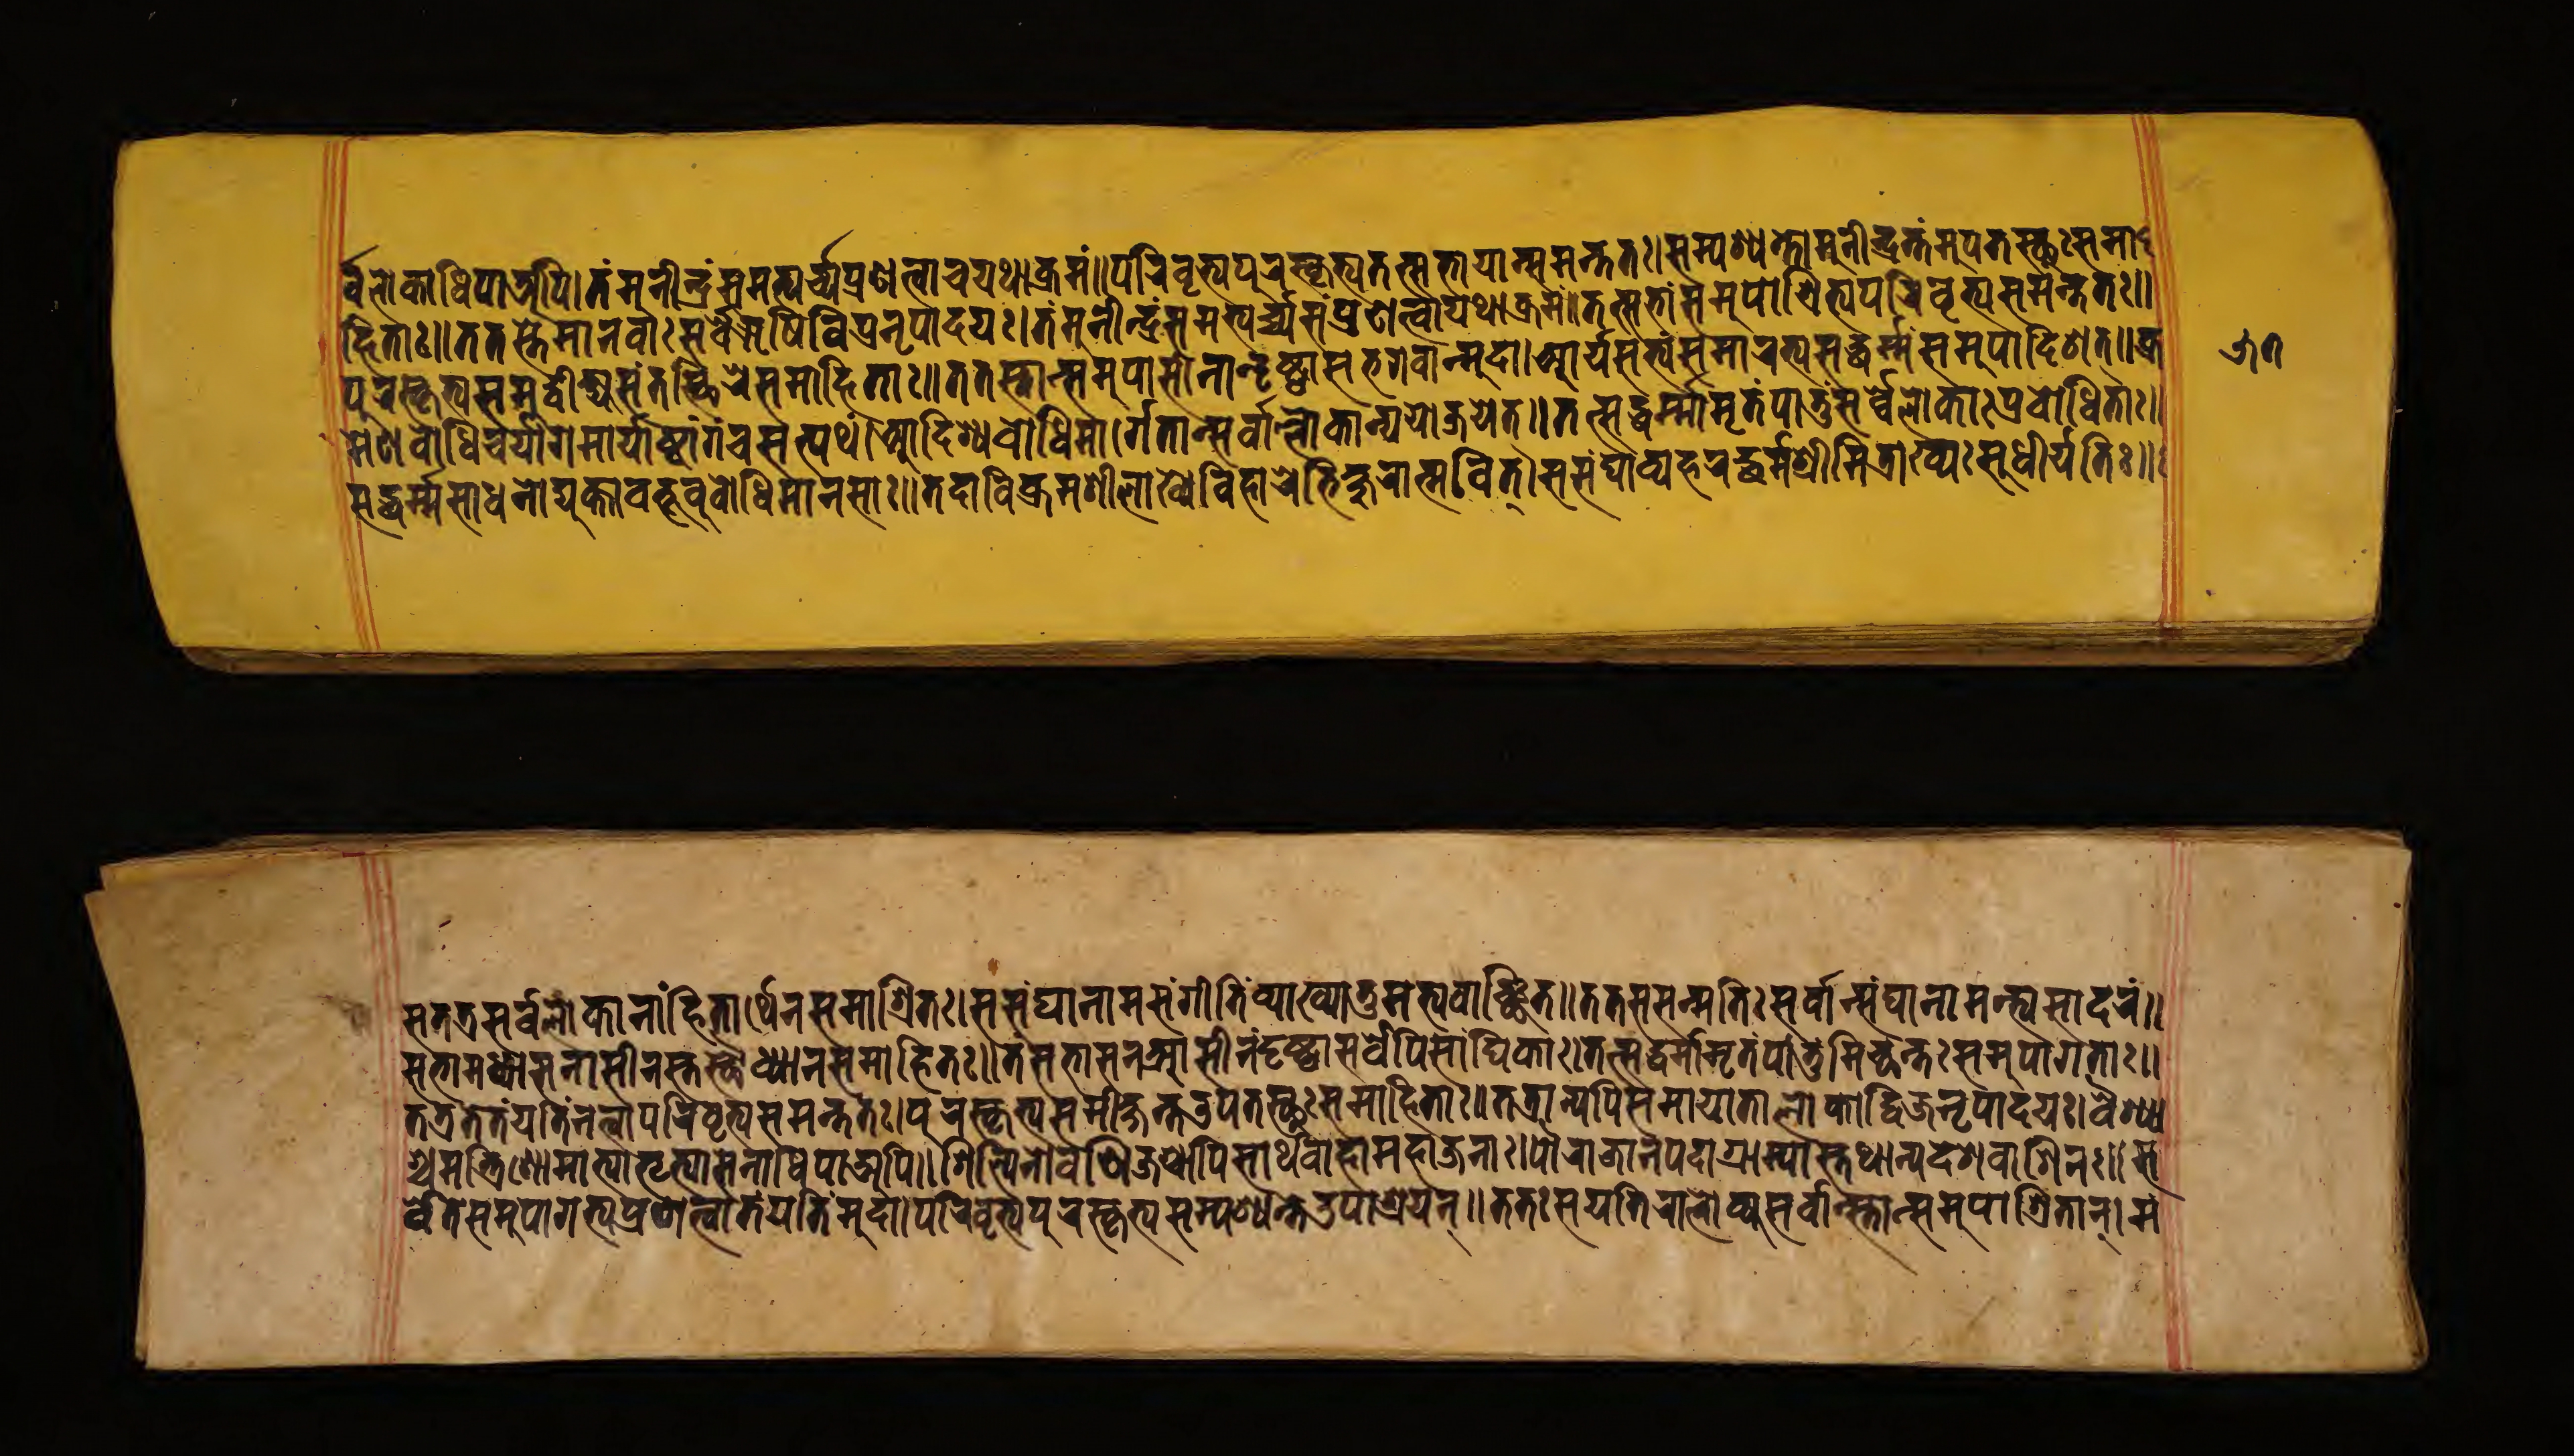
𑐬𑑂𑐰𑐾𑐮𑑀𑐎𑐵𑐢𑐶𑐥𑐵𑐀𑐥𑐶।𑐟𑑄𑐩𑐸𑐣𑐷𑐣𑑂𑐡𑑂𑐬𑑄𑐳𑐩𑐨𑑂𑐫𑐬𑑂𑐔𑑂𑐫𑐥𑑂𑐬𑐞𑐟𑑂𑐰𑐵𑐔𑐫𑐠𑐵𑐎𑑂𑐬𑐩𑑄॥𑐥𑐬𑐶𑐰𑐺𑐟𑑂𑐫𑐥𑐸𑐬𑐳𑑂𑐎𑐺𑐟𑑂𑐫𑐟𑐟𑑂𑐳𑐨𑐵𑐫𑐵𑑄𑐳𑐩𑐣𑑂𑐟𑐟𑑅।𑐳𑑄𑐥𑐱𑑂𑐫𑐣𑑂𑐟𑑄𑐩𑐸𑐣𑐷𑐣𑑂𑐡𑑂𑐬𑑄𑐟𑑄𑐄𑐥𑐟𑐳𑑂𑐠𑐸𑑅𑐳𑐩𑐵 𑐴𑐶𑐟𑐵𑑅॥𑐟𑐟𑐳𑑂𑐟𑐾𑐩𑐵𑐣𑐰𑐵𑑅𑐳𑐬𑑂𑐰𑐾𑐆𑐲𑐶𑐰𑐶𑐥𑑂𑐬𑐣𑐺𑐥𑐵𑐡𑐫𑑅।𑐟𑑄𑐩𑐸𑐣𑐷𑐣𑑂𑐡𑑂𑐬𑑄𑐳𑐩𑐨𑑂𑐫𑐬𑑂𑐔𑑂𑐫𑐳𑑄𑐥𑑂𑐬𑐞𑐟𑑂𑐰𑐵𑐫𑐠𑐵𑐎𑑂𑐬𑐩𑑄॥𑐟𑐟𑑂𑐳𑐨𑐵𑑄𑐳𑐩𑐸𑐥𑐵𑐱𑑂𑐬𑐶𑐟𑑂𑐫𑐥𑐬𑐶𑐰𑐺𑐟𑑂𑐫𑐳𑐩𑐣𑑂𑐟𑐟𑑅॥ 𑐥𑐸𑐬𑐳𑑂𑐎𑐺𑐟𑑂𑐫𑐳𑐩𑐸𑐡𑑂𑐰𑐷𑐎𑑂𑐲𑑂𑐫𑐳𑑄𑐟𑐳𑑂𑐠𑐶𑐬𑐾𑐳𑐩𑐵𑐴𑐶𑐟𑐵𑑅॥𑐟𑐟𑐳𑑂𑐟𑐵𑐣𑑂𑐳𑐩𑐸𑐥𑐵𑐳𑐷𑐣𑐵𑐣𑑂𑐡𑐺𑐲𑑂𑐚𑑂𑐰𑐵𑐳𑐨𑐐𑐰𑐵𑐣𑑂𑐩𑐸𑐡𑐵।𑐁𑐬𑑂𑐫𑐳𑐟𑑂𑐫𑑄𑐳𑐩𑐵𑐬𑐨𑑂𑐫𑐳𑐡𑑂𑐢𑐬𑑂𑐩𑑂𑐩𑐳𑐩𑐸𑐥𑐵𑐡𑐶𑐱𑐟𑑂॥𑐎𑑂𑐬 𑐩𑐾𑐣𑐧𑑀𑐢𑐶𑐔𑐬𑑂𑐫𑐵𑐐𑐩𑐵𑐬𑑂𑐫𑐵𑐲𑑂𑐚𑐵𑑄𑐒𑑂𑐐𑐔𑐳𑐟𑑂𑐥𑐠𑑄।𑐁𑐡𑐶𑐱𑑂𑐫𑐧𑑀𑐢𑐶𑐩𑐵𑐬𑑂𑐐𑐾𑐟𑐵𑐣𑑂𑐳𑐬𑑂𑐰𑐵𑐮𑑂𑐮𑑀𑐎𑐵𑐣𑑂𑐫𑑀𑐖𑐫𑐾𑐟𑑂॥𑐟𑐟𑑂𑐳𑐡𑑂𑐢𑐬𑑂𑐩𑑂𑐩𑐵𑐩𑐺𑐟𑑄𑐥𑐷𑐟𑑂𑐰𑐵𑐳𑐬𑑂𑐰𑐾𑐮𑑀𑐎𑐵𑑅𑐥𑑂𑐬𑐰𑑀𑐢𑐶𑐟𑐵𑑅॥ 𑐳𑐡𑑂𑐢𑐬𑑂𑐩𑑂𑐩𑐳𑐵𑐢𑐣𑐵𑐫𑐸𑐎𑑂𑐟𑐵𑐧𑐨𑐹𑐰𑐸𑐬𑑂𑐧𑑀𑐢𑐶𑐩𑐵𑐣𑐳𑐵𑑅॥𑐟𑐡𑐵𑐰𑐶𑐎𑑂𑐬𑐩𑐱𑐷𑐮𑐵𑐏𑑂𑐫𑐾𑐰𑐶𑐴𑐵𑐬𑐾𑐨𑐶𑐎𑑂𑐲𑐸𑐬𑐵𑐟𑑂𑐩𑐰𑐶𑐟𑑂।𑐳𑐳𑑄𑐑𑐵𑐰𑑂𑐫𑐴𑐬𑐡𑑂𑐢𑐬𑑂𑐩𑑂𑐩𑐱𑑂𑐬𑐷𑐩𑐶𑐟𑑂𑐬𑐵𑐏𑑂𑐫𑑅𑐳𑐸𑐢𑐷𑐬𑑂𑐫𑐟𑐶𑑅॥ 𑐳𑐟𑐟𑑂𑐬𑐳𑐬𑑂𑐰𑐮𑑀𑐎𑐵𑐣𑐵𑑄𑐴𑐶𑐟𑐵𑐬𑑂𑐠𑐾𑐣𑐳𑐩𑐵𑐱𑑂𑐬𑐶𑐟𑑅।𑐳𑐳𑑄𑐑𑐵𑐣𑐵𑐩𑐳𑑄𑐐𑐷𑐟𑐶𑑄𑐰𑑂𑐫𑐵𑐏𑑂𑐫𑐵𑐟𑐸𑐩𑐨𑑂𑐫𑐰𑐵𑐘𑑂𑐕𑐟॥𑐟𑐟𑑅𑐳𑐳𑐟𑑂𑐩𑐟𑐶𑑅𑐳𑐬𑑂𑐰𑐵𑐣𑑂𑐳𑑄𑐑𑐵𑐣𑐵𑐩𑐥𑑂𑐬𑐳𑐵𑐡𑐬𑑄॥ 𑐳𑐨𑐵𑐩𑐢𑑂𑐫𑐵𑐳𑐣𑐵𑐳𑐷𑐣𑐳𑑂𑐟𑐳𑑂𑐠𑑁𑐢𑑂𑐫𑐵𑐣𑐳𑐩𑐵𑐴𑐶𑐟𑑅॥𑐟𑑄𑐳𑐨𑐵𑐳𑐣𑐁𑐳𑐷𑐣𑑄𑐡𑐺𑐲𑑂𑐚𑑂𑐰𑐵𑐳𑐬𑑂𑐰𑐾𑐥𑐶𑐳𑐵𑑄𑐑𑐶𑐎𑐵𑑅।𑐟𑐟𑑂𑐳𑐡𑑂𑐢𑐬𑑂𑐩𑑂𑐩𑐵𑐩𑐺𑐟𑑄𑐥𑐵𑐟𑐸𑐩𑐶𑐔𑑂𑐕𑐟𑑅𑐳𑐩𑐸𑐥𑐵𑐐𑐟𑐵𑑅॥ 𑐟𑐟𑑂𑐬𑐫𑐾𑐫𑐟𑐶𑑄𑐣𑐟𑑂𑐰𑐵𑐥𑐬𑐶𑐰𑐺𑐟𑑂𑐫𑐳𑐩𑐣𑑂𑐟𑐟𑑅।𑐥𑐸𑐬𑐳𑑂𑐎𑐺𑐟𑑂𑐫𑐳𑐩𑐷𑐎𑑂𑐲𑐣𑑂𑐟𑑁𑐥𑐟𑐳𑑂𑐠𑐸𑑅𑐳𑐩𑐵𑐴𑐶𑐟𑐵𑑅॥𑐟𑐟𑑂𑐬𑐵𑐣𑑂𑐫𑐾𑐥𑐶𑐳𑐩𑐵𑐫𑐵𑐟𑐵𑐮𑑀𑐎𑐡𑑂𑐰𑐶𑐖𑐣𑐺𑐥𑐵𑐡𑐫।𑐰𑐿𑐱𑑂𑐫𑐵 𑐱𑑂𑐔𑐩𑐣𑑂𑐟𑑂𑐬𑐶𑐣𑑀𑐩𑐵𑐟𑑂𑐫𑐵𑑅𑐨𑐺𑐟𑑂𑐫𑐵𑐳𑐿𑐣𑑂𑐫𑐵𑐢𑐶𑐥𑐵𑐀𑐥𑐶॥𑐱𑐶𑐮𑑂𑐥𑐶𑐣𑑀𑐰𑐣𑐶𑐖𑐱𑑂𑐔𑐵𑐥𑐶𑐳𑐵𑐬𑑂𑐠𑐰𑐵𑐴𑐵𑐩𑐴𑐵𑐖𑐣𑐵𑑅।𑐥𑑁𑐬𑐵𑐖𑐵𑐣𑐥𑐡𑐵𑐐𑑂𑐬𑐵𑐩𑑂𑐫𑐵𑐳𑑂𑐟𑐠𑐵𑐣𑑂𑐫𑐡𑐾𑐱𑐰𑐵𑐳𑐶𑐣𑑅॥𑐳 𑐬𑑂𑐰𑐾𑐟𑐾𑐳𑐩𑐸𑐥𑐵𑐐𑐟𑑂𑐫𑐥𑑂𑐬𑐞𑐟𑑂𑐰𑐵𑐟𑑄𑐫𑐟𑐶𑑄𑐩𑐸𑐡𑐵।𑐥𑐬𑐶𑐰𑐺𑐟𑑂𑐫𑐥𑐸𑐬𑐳𑑂𑐎𑐺𑐟𑑂𑐫𑐳𑐥𑐱𑑂𑐫𑐣𑑂𑐟𑐩𑐸𑐥𑐵𑐱𑑂𑐬𑐫𑐣𑑂॥𑐟𑐟𑑅𑐳𑐫𑐟𑐶𑐬𑐵𑐮𑑀𑐎𑑂𑐫𑐳𑐬𑑂𑐰𑐵𑐣𑑂𑐳𑑂𑐟𑐵𑐣𑑂𑐳𑐩𑐸𑐥𑐵𑐱𑑂𑐬𑐶𑐟𑐵𑐣𑑂।𑐩𑑄 𑑕𑑗